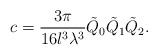
\begin{align*}c = \frac{3\pi}{16l^3\lambda^3}\tilde{Q}_0\tilde{Q}_1\tilde{Q}_2.\end{align*}